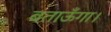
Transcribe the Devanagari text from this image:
बताऊँगा।